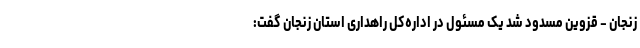
زنجان - قزوین مسدود شد یک مسئول در اداره‌کل راهداری استان زنجان گفت: